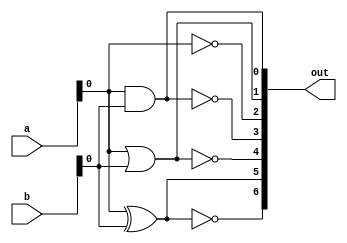
module covered_cells (
    input wire [3:0] a,      // 4-bit input for combinational logic
    input wire [3:0] b,      // 4-bit input for combinational logic
    output wire [6:0] out    // 7 outputs for various logic functions
);

// Logic Functions
// Each output corresponds to a specific logic function
assign out[0] = a[0] & b[0];  // AND
assign out[1] = a[0] | b[0];  // OR
assign out[2] = ~a[0];        // NOT
assign out[3] = ~(a[0] & b[0]); // NAND
assign out[4] = ~(a[0] | b[0]); // NOR
assign out[5] = a[0] ^ b[0];  // XOR
assign out[6] = ~(a[0] ^ b[0]); // XNOR

endmodule